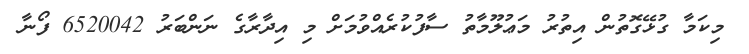
މިކަމާ ގުޅޭގޮތުން އިތުރު މަޢުލޫމާތު ސާފުކުރެއްވުމަށް މި އިދާރާގެ ނަންބަރު 6520042 ފޯނާ